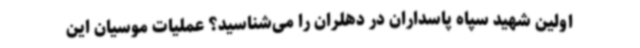
اولین شهید سپاه پاسداران در دهلران را می‌شناسید؟ عملیات موسیان این